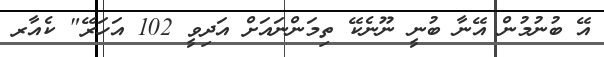
އޭ ބުނުމުން އޭނާ ބުނީ ނޫނެކޭ ތިމަންނައަށް އަދިވީ 102 އަހަރޭ" ކެއާރ